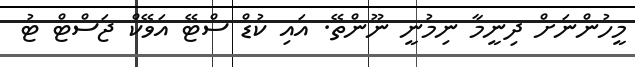
މީހުންނަށް ދިނީމާ ނިމުނީ ނޫންތޭ. އަައި ކުޑް ސްޓޭ އަވޭކް ޖަސްޓް ޓު